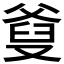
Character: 𤕗